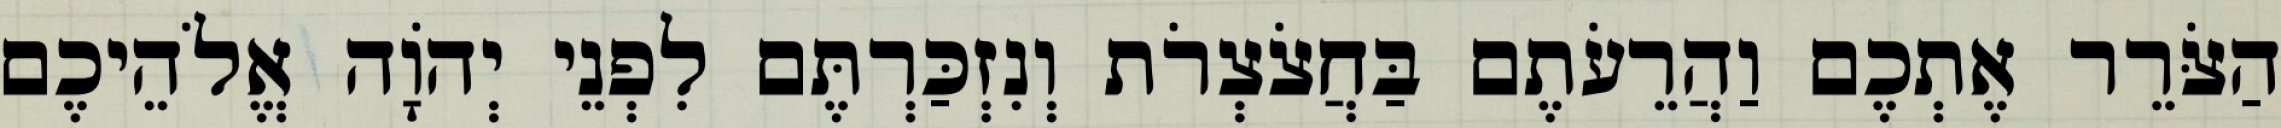
הַצֹּרֵר אֶתְכֶם וַהֲרֵעֹתֶם בַּחֲצֹצְרֹת וְנִזְכַּרְתֶּם לִפְנֵי יְהוָֹה אֱלֹהֵיכֶם